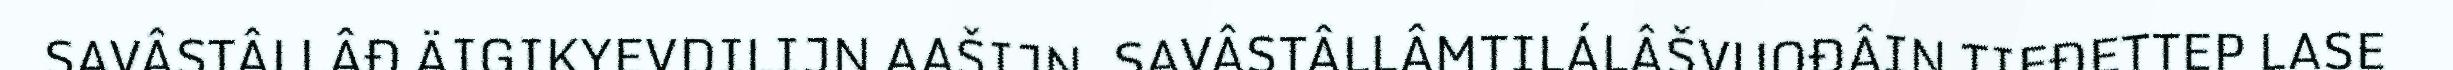
SAVÂSTÂLLÂĐ ÄIGIKYEVDILIJN AAŠIJN. SAVÂSTÂLLÂMTILÁLÂŠVUOĐÂIN TIEĐETTEP LASE